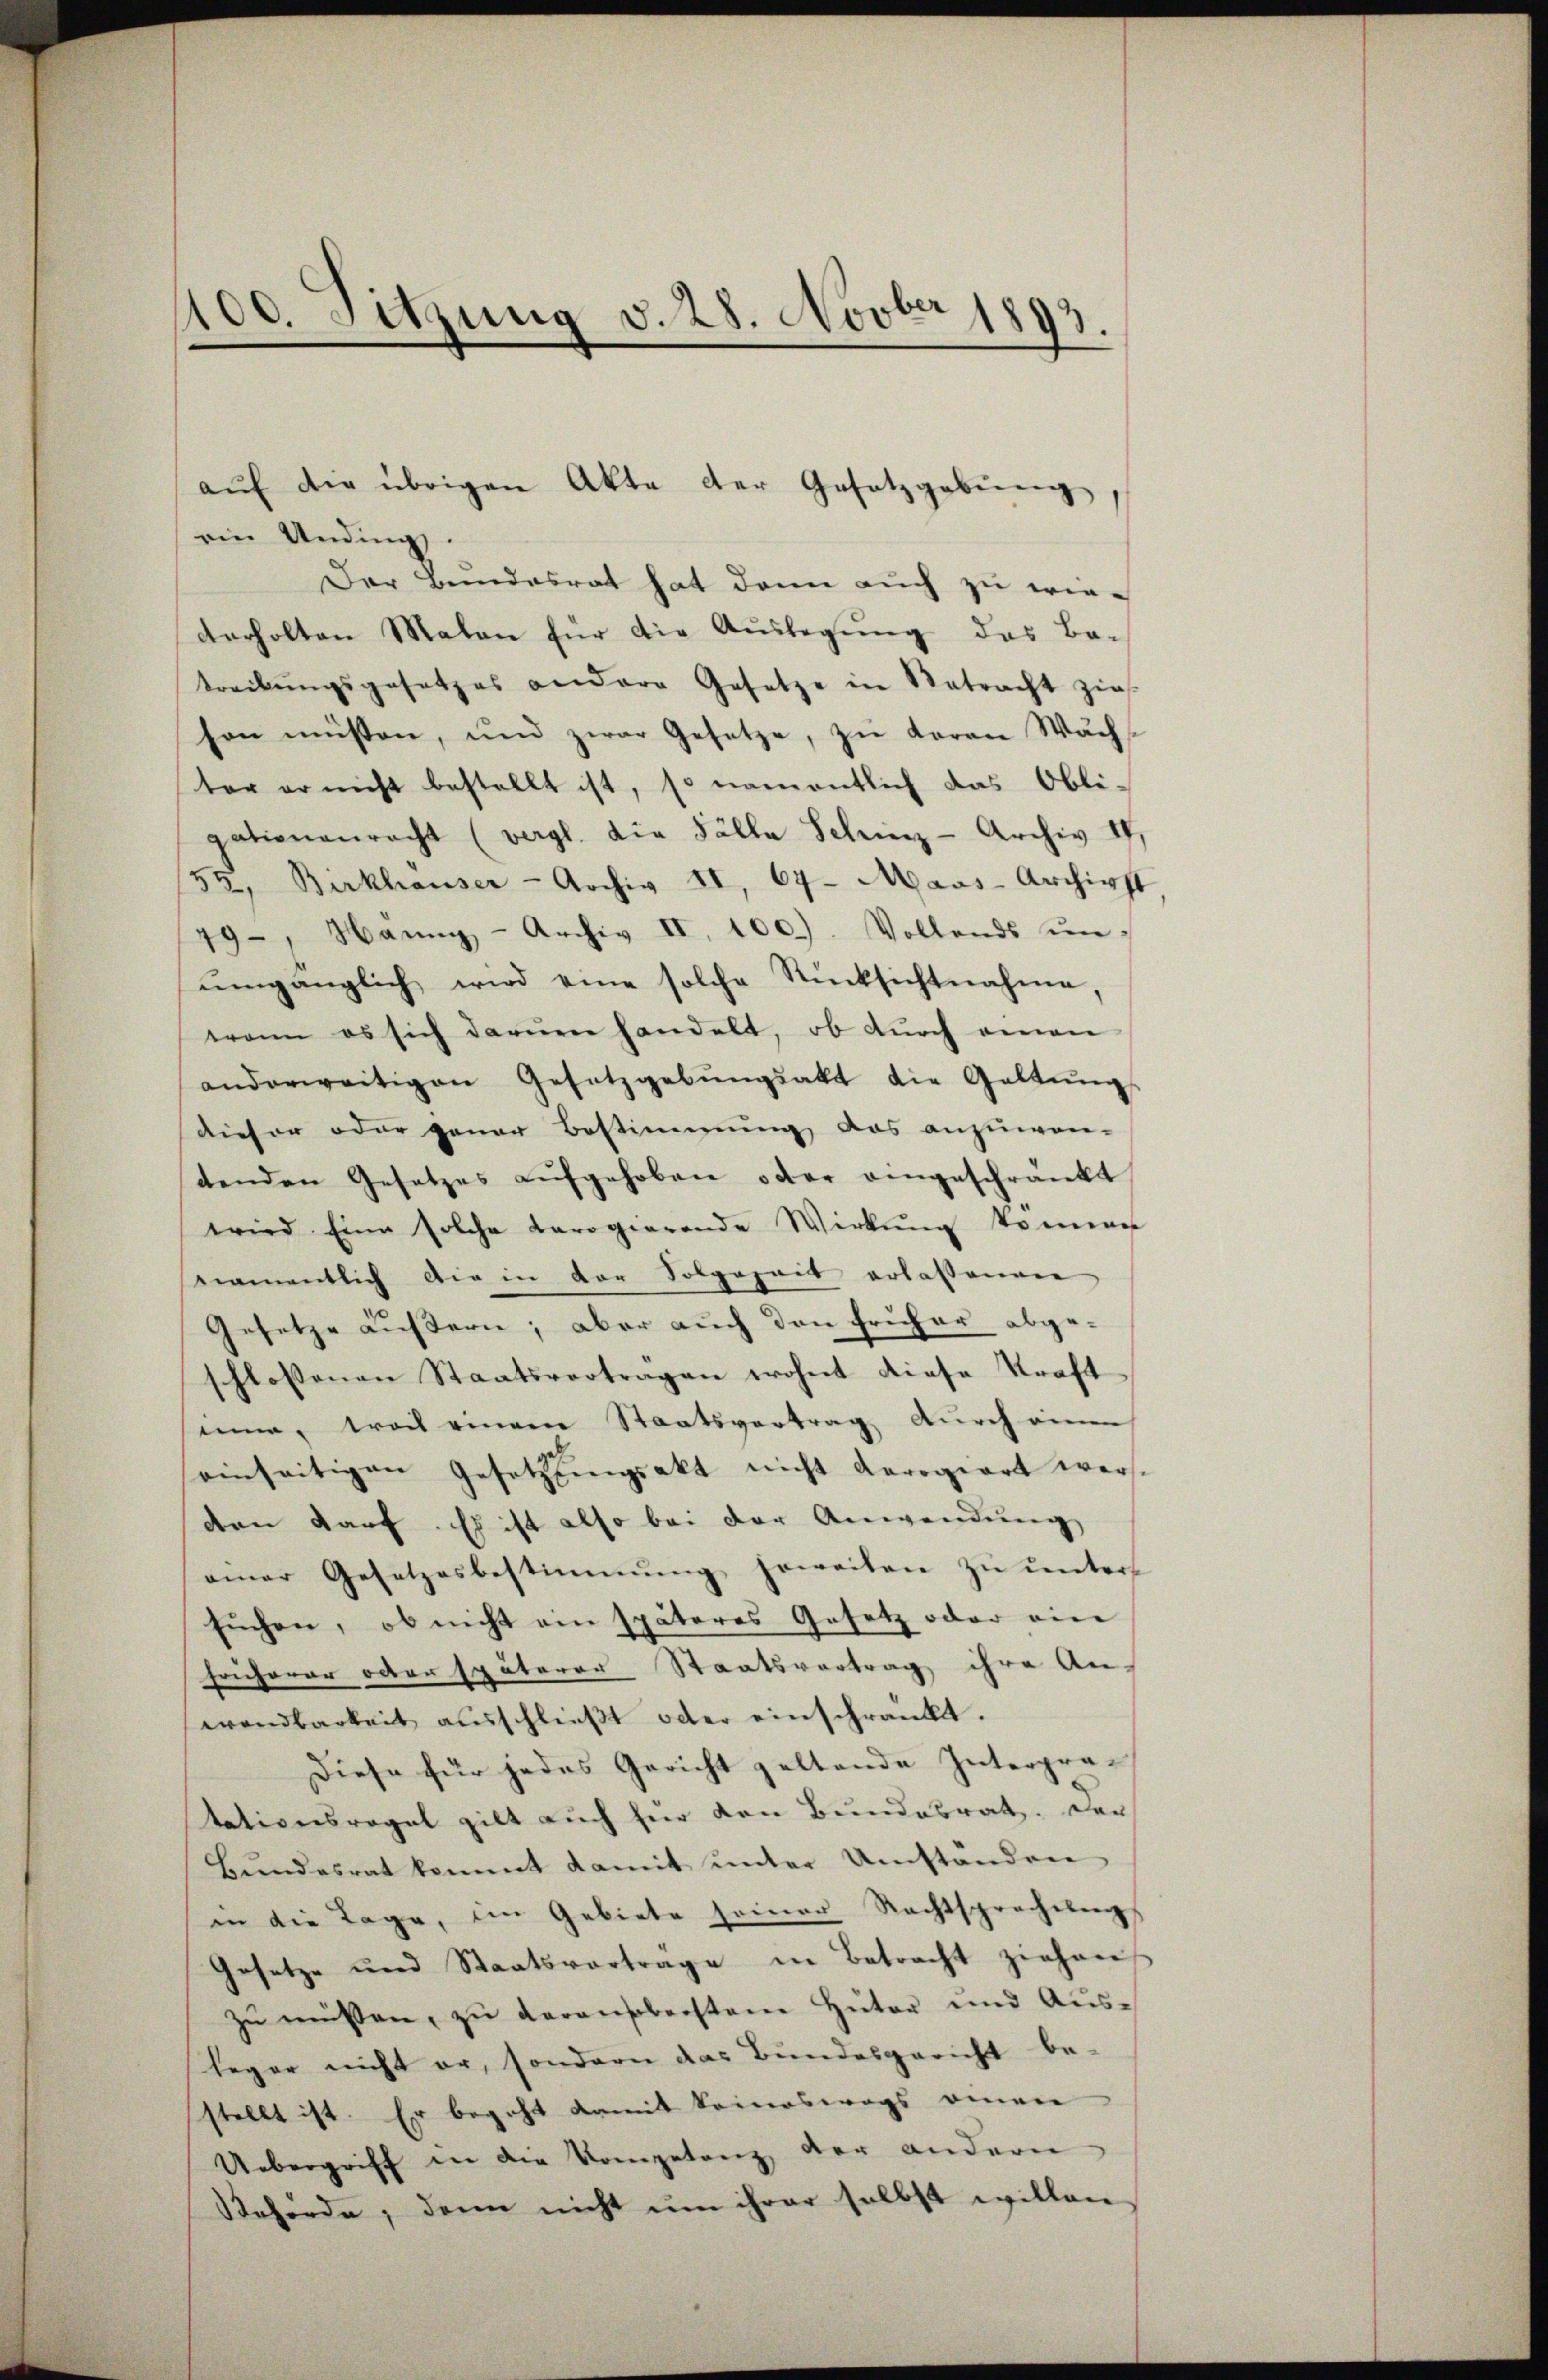
100. Sitzung d. 28. Novber 1893.

ein Undings.
Der Bundesrat hat dann auch zu wiederholten Malen für die Auslegung das Ba-
treibŭngsgesetzes andere Gesetze in Retracht zieh
son müssen, und zwar Gesetze, zŭ daran Wachs
ter er nicht bestellt ist, so namentlich das Obli-
gationenracht (vergl. die Fälle Schinz - Archiv II,
54, Birkhauser - Archiv VI, 64- Maus-Archigst
19., Hanny- Archiv II. 100.) Vollends ŭn-
ŭmgänglich wird eine solche Rücksichtnahme,
wann es sich darum handelt, ob durch einen
anderweitigen Gesetzgebŭngsakt die Galtŭng
dieser oder genar Bestimmung das anzuwen-
tenden Gesetzes aŭfgehoben oder eingeschränkt
wird Eine solche Barogierende Wirkung kommen
namentlich die in der Folgezeit erlassenen
Gesetze äußern; aber auch den früher abge-
schlossenen Staatsverträgen wohnt diese Kraft
mi, troit einem Staatsvertrag durch einen
einseitigen Gesetzungsakt nicht derogiert werden darf. Es ist also bei der Anwendung
einer Gesetzesbestimmung geweiten zŭ ŭnters
suchen, ob nicht ein späteres Gesetz oder ein
Früherer octer späterer Staatsvertrag ihre An-
wendbarkeit ausschließt oder einschränkt.
Diese für jedes Gericht geltende Interpratationsregel gilt auch für den Bundesrat. Der
Bŭndesrat kommt damit ŭnter Umstanden
in die Tage, im Gebiete seiner Rechtsprechŭngs
Gesetze und Staatsvertrage in Betracht ziehen
zŭ müssen, zu veransoberstem Hüter und Aus-
leger nicht er, sondern das Bundesgericht be-
stellt ist. Er begeht damit keineswegs einen
Uebergriff in die Kompetenz der andern
Reforde, dann nicht ŭm ihrer selbst willen,

aŭf die übrigen Akte der Gesetzgebung,